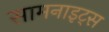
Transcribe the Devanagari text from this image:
सामनाइट्स